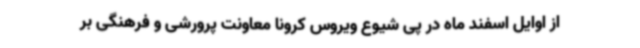
از اوایل اسفند ماه در پی شیوع ویروس کرونا معاونت پرورشی و فرهنگی بر